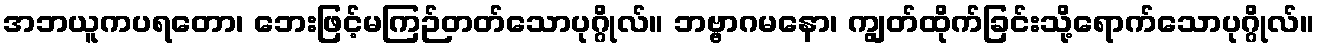
အဘယူကပရတော၊ ဘေးဖြင့်မကြဉ်တတ်သောပုဂ္ဂိုလ်။ ဘဗ္ဗာဂမနော၊ ကျွတ်ထိုက်ခြင်းသို့ရောက်သောပုဂ္ဂိုလ်။